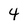
Character: 4